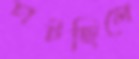
চাটছিলে